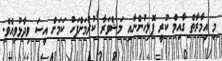
މި އިމާރާތް ގާއިމް ކުރީ ޕޮލިހުންނާއި މަޝްވަރާ ކުރުމަށްފަހު ކަމަށް އީސަ ވިދާޅުވިއެވެ.